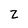
Character: Z